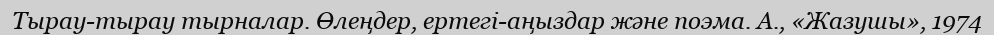
Тырау-тырау тырналар. Өлеңдер, ертегі-аңыздар және поэма. А., «Жазушы», 1974